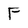
Character: F